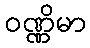
ဝဏ္ဏိမာ